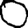
Digit: 0